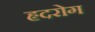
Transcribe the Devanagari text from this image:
हृदरोग